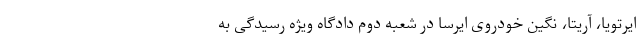
ایرتویا، آریتا، نگین خودروی ایرسا در شعبه دوم دادگاه ویژه رسیدگی به